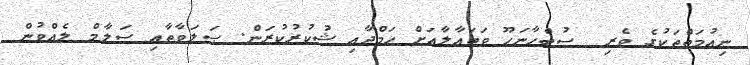
ނިޢުމަތްތަކުގެ ވެރި  ސުބްޙާނަހޫ ވަތަޢާލާއަށް ޙަމްދާއި ޝުކުރުކުރަން. ޞަލަވާތާއި ސަލާމް ލެއްވުން